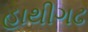
હાથીગઢ